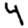
Digit: 4